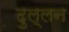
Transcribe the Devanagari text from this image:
दुल्लन